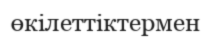
өкілеттіктермен